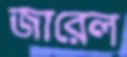
জারেল